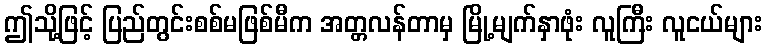
ဤသို့ဖြင့် ပြည်တွင်းစစ်မဖြစ်မီက အတ္တလန်တာမှ မြို့မျက်နှာဖုံး လူကြီး လူငယ်များ